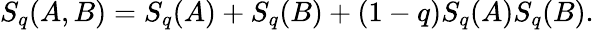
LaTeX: S_{q}(A,B)=S_{q}(A)+S_{q}(B)+(1-q)S_{q}(A)S_{q}(B).